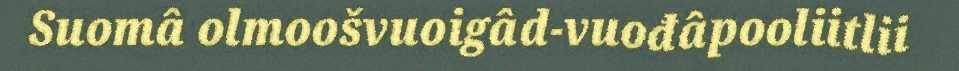
Suomâ olmoošvuoigâd-vuođâpooliitlii